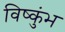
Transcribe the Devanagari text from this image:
विष्कुंभ